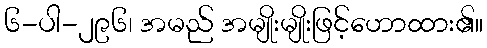
၆-ပါ-၂၉၆၊ အမည် အမျိုးမျိုးဖြင့်ဟောထား၏။